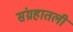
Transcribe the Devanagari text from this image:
संग्रहातली